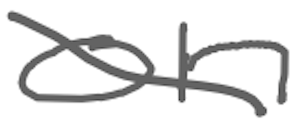
Text: on
Cross-out: diagonal
Writing tool: digital_gray